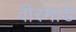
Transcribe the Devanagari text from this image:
वीरमाडे